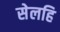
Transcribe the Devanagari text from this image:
सेलहि